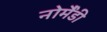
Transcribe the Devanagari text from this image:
नोर्मैंडी